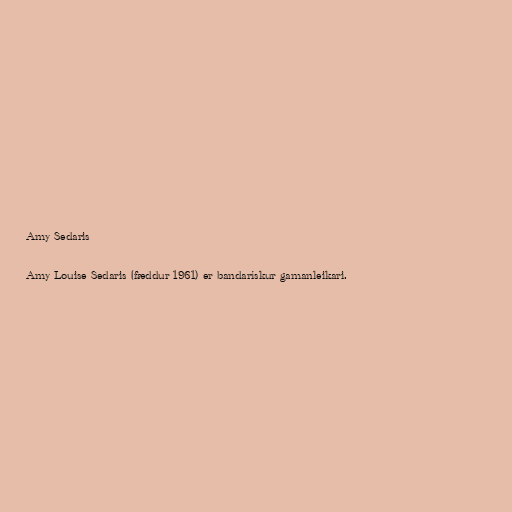
Amy Sedaris

Amy Louise Sedaris (fæddur 1961) er bandarískur gamanleikari.